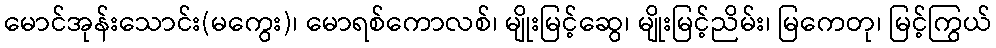
မောင်အုန်းသောင်း(မကွေး)၊ မောရစ်ကောလစ်၊ မျိုးမြင့်ဆွေ၊ မျိုးမြင့်ညိမ်း၊ မြကေတု၊ မြင့်ကြွယ်